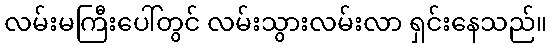
လမ်းမကြီးပေါ်တွင် လမ်းသွားလမ်းလာ ရှင်းနေသည်။